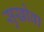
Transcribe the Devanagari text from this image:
सुखोवा